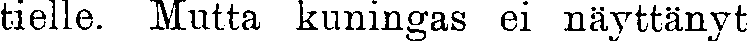
tielle. Mutta kuningas ei näyttänyt